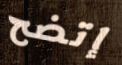
إتضح